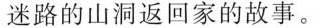
迷路的山洞返回家的故事。